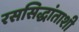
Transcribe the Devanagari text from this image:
रससिद्धांताशी